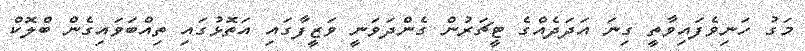
މަގު ހަނިވެފައިވާތީ ގިނަ އަދަދެއްގެ ޓީޗަރުން ގެންދަވަނީ ވަޒީފާގައި އަތޮޅުގައި ތިއްބަވައިގެން ބްލޮކް